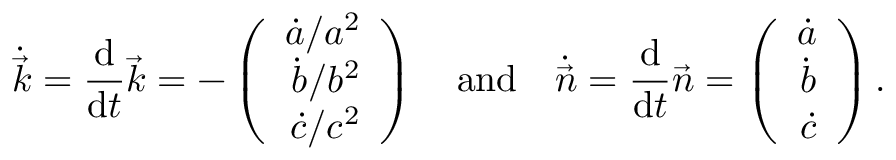
\dot { \vec { k } } = \frac { \mathrm { d } } { \mathrm { d } t } \vec { k } = - \left( \begin{array} { r } { \dot { a } / a ^ { 2 } } \\ { \dot { b } / b ^ { 2 } } \\ { \dot { c } / c ^ { 2 } } \end{array} \right) \enspace \enspace \mathrm { a n d } \enspace \enspace \dot { \vec { n } } = \frac { \mathrm { d } } { \mathrm { d } t } \vec { n } = \left( \begin{array} { r } { \dot { a } } \\ { \dot { b } } \\ { \dot { c } } \end{array} \right) .